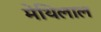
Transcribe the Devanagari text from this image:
मेथिलाल